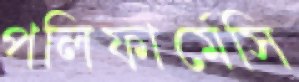
পলিফার্মেসি